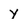
Character: y